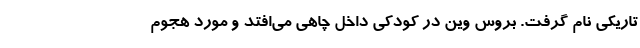
تاریکی نام گرفت. بروس وین در کودکی داخل چاهی می‌افتد و مورد هجوم